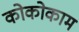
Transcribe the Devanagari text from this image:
कोकोकाम